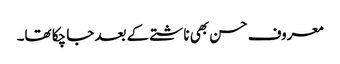
معروف حسن بھی ناشتے کے بعد جا چکا تھا۔